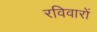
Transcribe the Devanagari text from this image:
रविवारों